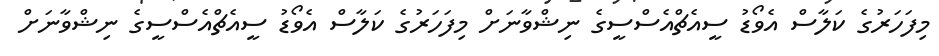
މިފަހަރުގެ ކަލާސް އެވޯޑު ސީއެޗްއެސްސީގެ ނިޝްވާނަށް މިފަހަރުގެ ކަލާސް އެވޯޑު ސީއެޗްއެސްސީގެ ނިޝްވާނަށް